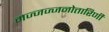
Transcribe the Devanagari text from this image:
मज्जज्जनोत्तारिणी